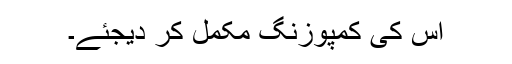
اس کی کمپوزنگ مکمل کر دیجئے۔